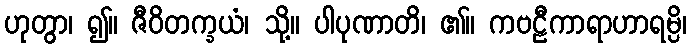
ဟုတွာ၊ ၍။ ဇီဝိတက္ခယံ၊ သို့။ ပါပုဏာတိ၊ ၏။ ကဗဠီကာရာဟာရမ္ပိ၊